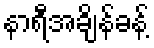
နာရီအချိန်ခန့်